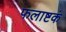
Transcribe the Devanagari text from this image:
फलाष्टकं